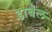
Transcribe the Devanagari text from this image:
डाबेल